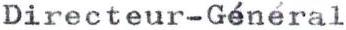
Directeur-Général